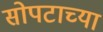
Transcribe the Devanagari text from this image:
सोपटाच्या